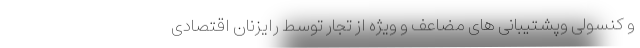
و کنسولی وپشتیبانی های مضاعف و ویژه از تجار توسط رایزنان اقتصادی